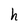
Character: h